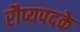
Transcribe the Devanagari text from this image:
रौप्यपदके